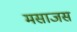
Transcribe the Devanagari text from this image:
मसाजस